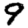
Digit: 9